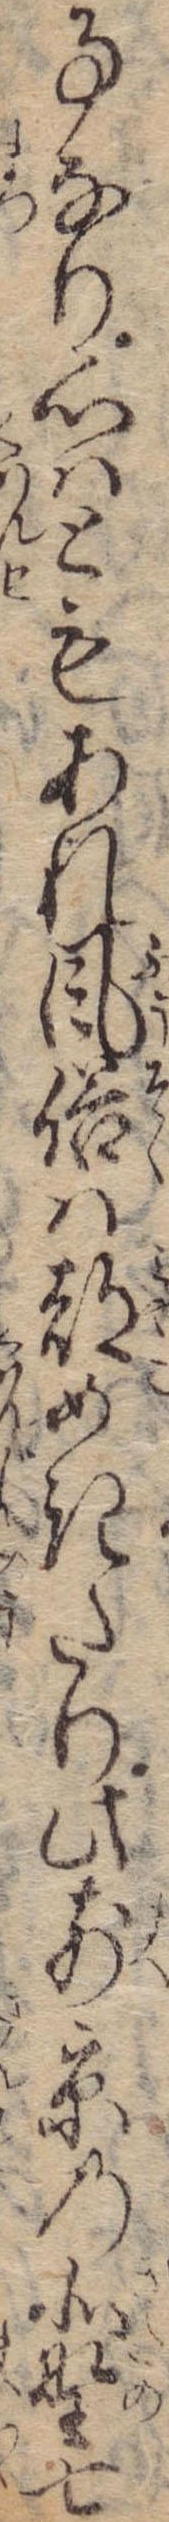
事なり心はともあれ風俗は都めきたり此前京の北野七